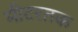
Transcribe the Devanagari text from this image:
मीटरतक